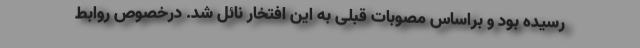
رسیده بود و براساس مصوبات قبلی به این افتخار نائل شد. درخصوص روابط